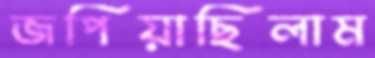
জপিয়াছিলাম